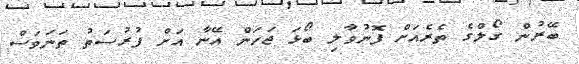
ބޭރުުން ގޯލްގެ ތެރެއަށް ފޮނުވާލި ބޯޅަ ޖަހަން އޭނާ އަށް ފުރުސަތު ތަނަވަސް